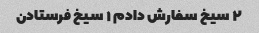
۲ سیخ سفارش دادم ۱ سیخ فرستادن